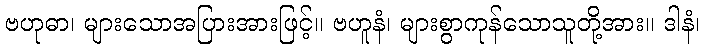
ဗဟုဓာ၊ များသောအပြားအားဖြင့်။ ဗဟူနံ၊ များစွာကုန်သောသူတို့အား။ ဒါနံ၊